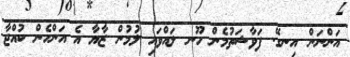
އަންނަން އިނގޭ. ފަވާޝަތުމެން ހޫނ ލައްވައި ލުމުން ޒާޔާ އެ އަންހެން ކުއްޖާ